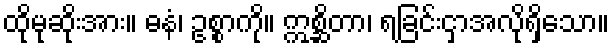
ထိုမုဆိုးအား။ ဓနံ၊ ဥစ္စာကို။ ဣစ္ဆိတာ၊ ရခြင်းငှာအလိုရှိသော။